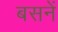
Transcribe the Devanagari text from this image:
बसनें